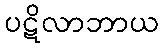
ပဋိလာဘာယ